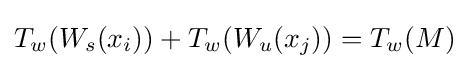
T_{w}(W_{s}(x_{i}))+T_{w}(W_{u}(x_{j}))=T_{w}(M)